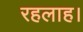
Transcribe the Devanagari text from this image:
रहलाह।